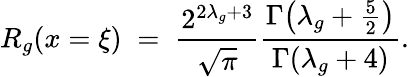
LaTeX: R_{g}(x=\xi)\; =\; \frac{2^{2\lambda_{g}+3}}{\sqrt{\pi}}\frac{\Gamma\! \left(\lambda_{g}+\frac{5}{2}\right)}{\Gamma(\lambda_{g}+4)}.